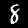
Digit: 8